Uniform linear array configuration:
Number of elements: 32
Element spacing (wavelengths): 0.75
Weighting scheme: hamming
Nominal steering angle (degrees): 45
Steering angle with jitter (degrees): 43.686
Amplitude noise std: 0.05
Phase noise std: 0.05

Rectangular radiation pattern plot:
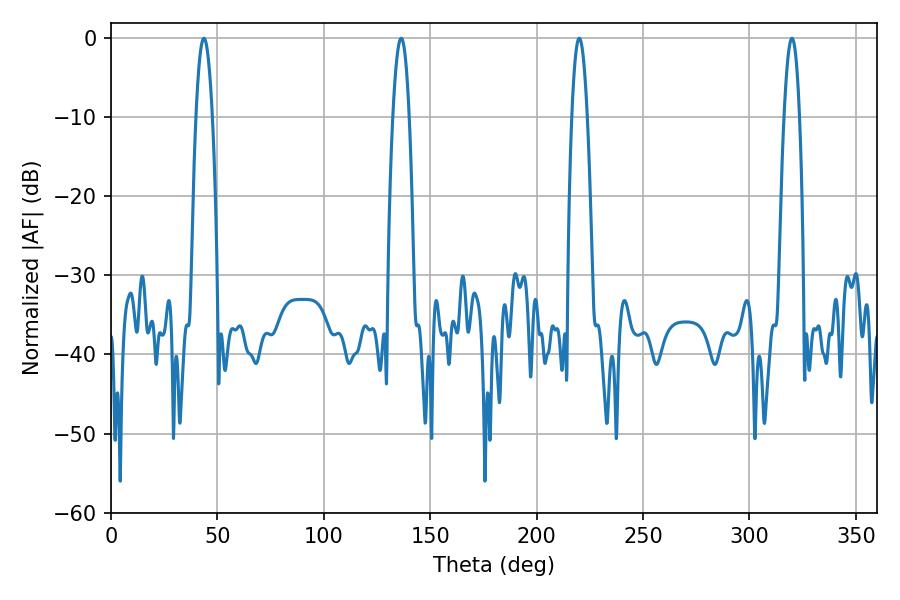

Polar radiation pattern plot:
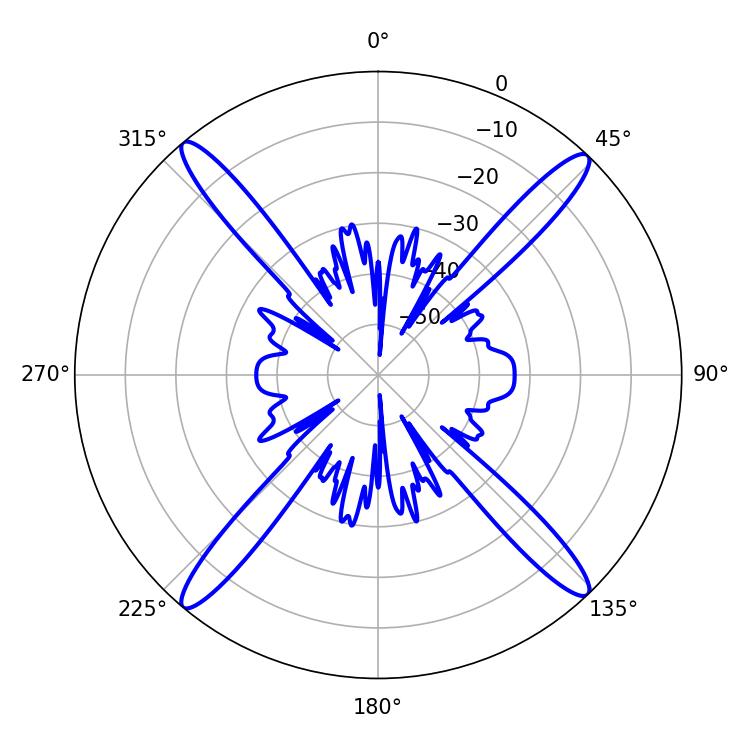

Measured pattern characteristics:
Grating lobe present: TRUE
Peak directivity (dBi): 21.782
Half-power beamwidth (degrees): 3.96
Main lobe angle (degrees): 219.96